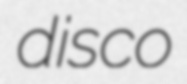
disco